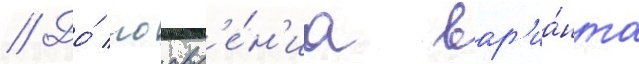
// До́ поавл'е́н'иа вар'иа́нта